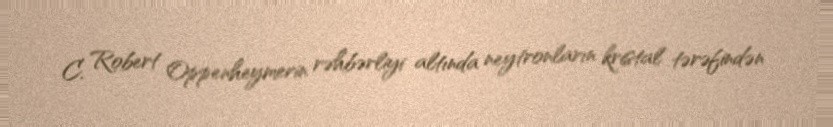
C. Robert Oppenheymerin rəhbərliyi altında neytronların kristal tərəfindən